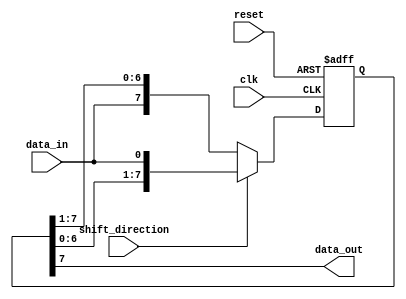
module shift_register (
    input wire clk,
    input wire reset,
    input wire shift_direction,
    input wire data_in,
    output reg data_out
);

reg [7:0] register;

always @ (posedge clk or posedge reset) begin
    if (reset) begin
        register <= 8'b00000000;
    end else begin
        if (shift_direction) begin
            register <= {register[6:0], data_in};
        end else begin
            register <= {data_in, register[7:1]};
        end
    end
end

assign data_out = register[7];

endmodule